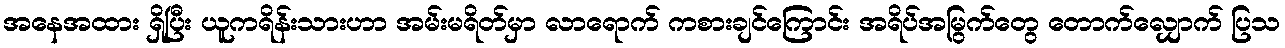
အနေအထား ရှိပြီး ယူကရိန်းသားဟာ အမ်းမရိတ်မှာ လာရောက် ကစားချင်ကြောင်း အရိပ်အမြွက်တွေ တောက်လျှောက် ပြသ